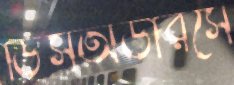
ডিসঅর্ডারসে